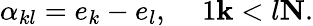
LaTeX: \alpha_{kl}=e_{k}-e_{l},\, \, \, \, \, \, \, 1\le k<l\le N.